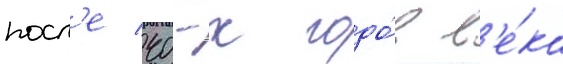
посл'е 40-х годо́в в'е́ка